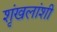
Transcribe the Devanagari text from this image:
शृंखलांशी